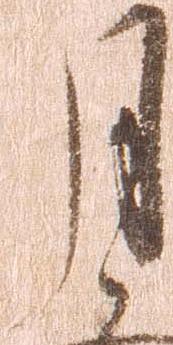
月